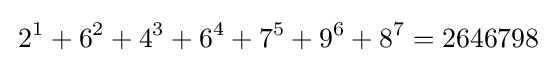
\,2^{1}+6^{2}+4^{3}+6^{4}+7^{5}+9^{6}+8^{7}=2646798